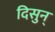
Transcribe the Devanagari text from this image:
दिसुन्